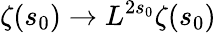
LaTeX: \zeta(s_{0})\rightarrow L^{2s_{0}}\zeta(s_{0})